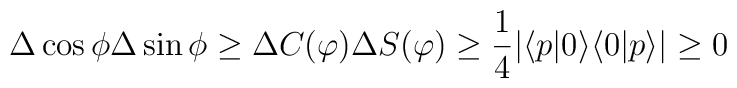
\Delta \cos\phi \Delta \sin\phi \geq \Delta C(\varphi) \Delta S(\varphi) \geq\frac{1}{4}|\langle p|0\rangle \langle 0|p\rangle|\geq 0